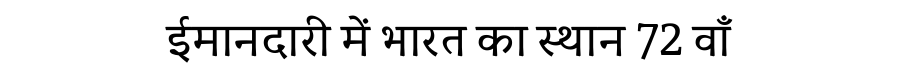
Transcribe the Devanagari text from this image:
ईमानदारी में भारत का स्थान 72 वाँ